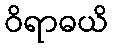
ဝိရာဓယိ